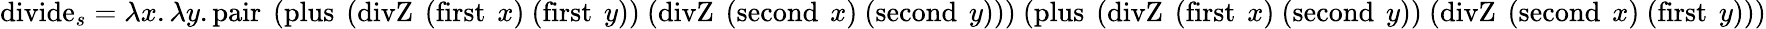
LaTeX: \operatorname{divide}_{s}=\lambda x.\lambda y.\operatorname{pair}\ (\operatorname{plus}\ (\operatorname{divZ}\ (\operatorname{first}\ x)\ (\operatorname{first}\ y))\ (\operatorname{divZ}\ (\operatorname{second}\ x)\ (\operatorname{second}\ y)))\ (\operatorname{plus}\ (\operatorname{divZ}\ (\operatorname{first}\ x)\ (\operatorname{second}\ y))\ (\operatorname{divZ}\ (\operatorname{second}\ x)\ (\operatorname{first}\ y)))